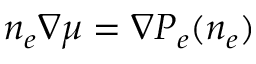
n _ { e } \nabla \mu = \nabla P _ { e } ( n _ { e } )